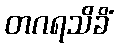
တဂရသိခိံ